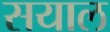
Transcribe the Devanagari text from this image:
सयाल